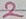
Text: 2